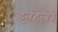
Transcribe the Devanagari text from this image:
इनहेलर